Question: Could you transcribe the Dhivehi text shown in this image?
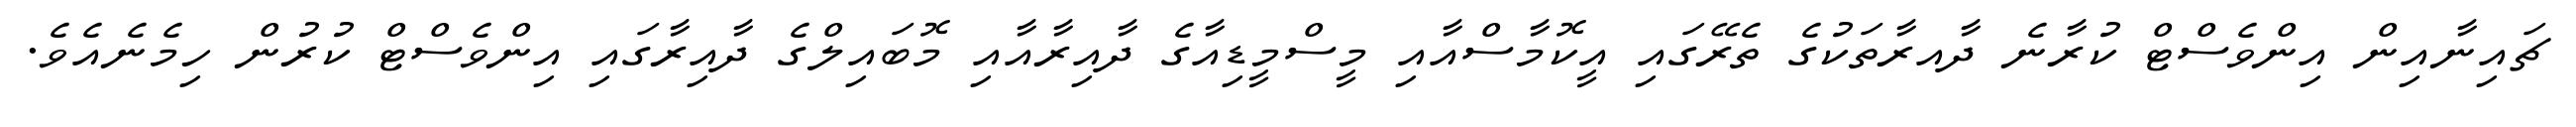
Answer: ޗައިނާއިން އިންވެސްޓް ކުރާނެ ދާއރާތަކުގެ ތެރޭގައި އީކޮމާސްއާއި މީސްމީޑިއާގެ ދާއިރާއާއި މޮބައިލްގެ ދާއިރާގައި އިންވެސްޓް ކުރުން ހިމެނެއެވެ.